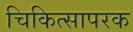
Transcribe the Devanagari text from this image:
चिकित्सापरक